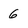
Character: 6